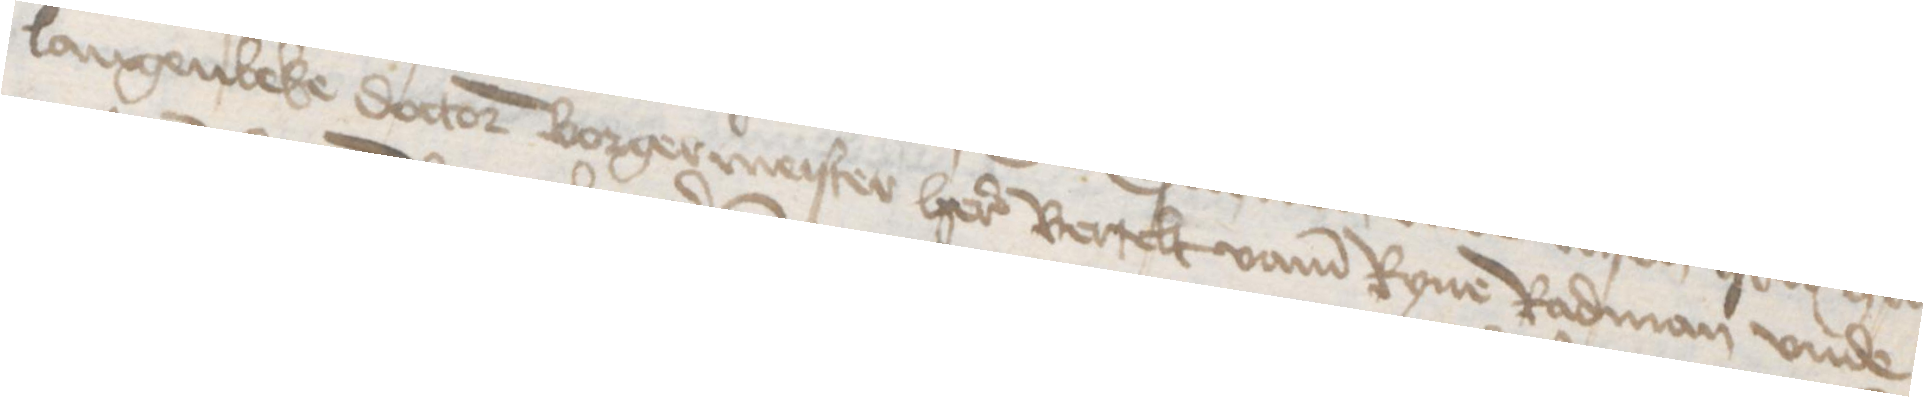
Langenbeke doctor borgermeister here Bertelt vame Ryne Radman vnde